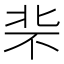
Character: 𪟪